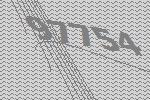
97754